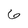
Character: 6